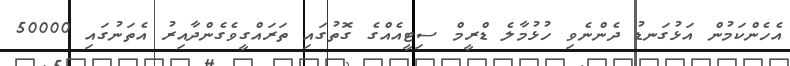
އެހެންކަމުން އަޅުގަނޑު ދެންނެވި ހުޅުމާލެ ޑްރީމް ސިޓީއެއްގެ ގޮތުގައި ތަރައްގީވެގެންދާއިރު އެތަނުގައި 50000